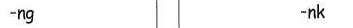
-ng -nk